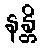
နန္တိ